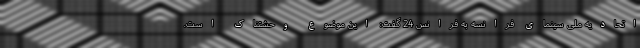
اتحادیه ملی سینمای فرانسه به فرانس 24 گفت: این موضوع وحشتناک است.